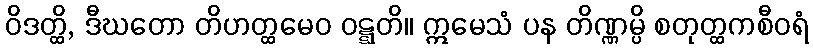
ဝိဒတ္ထိ, ဒီဃတော တိဟတ္ထမေဝ ဝဋ္ဋတိ။ ဣမေသံ ပန တိဏ္ဏမ္ပိ စတုတ္ထကစီဝရံ